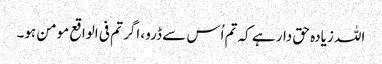
اللہ زیادہ حق دار ہے کہ تم اُس سے ڈرو، اگر تم فی الواقع مومن ہو۔